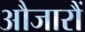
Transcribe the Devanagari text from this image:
औजारौं